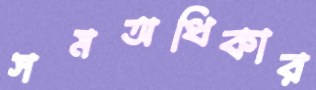
সমঅধিকার